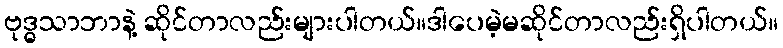
ဗုဒ္ဓသာဘာနဲ့ ဆိုင်တာလည်းများပါတယ်။ဒါပေမဲ့မဆိုင်တာလည်းရှိပါတယ်။